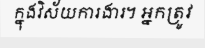
ក្នុងវិស័យការងារ។ អ្នកត្រូវ